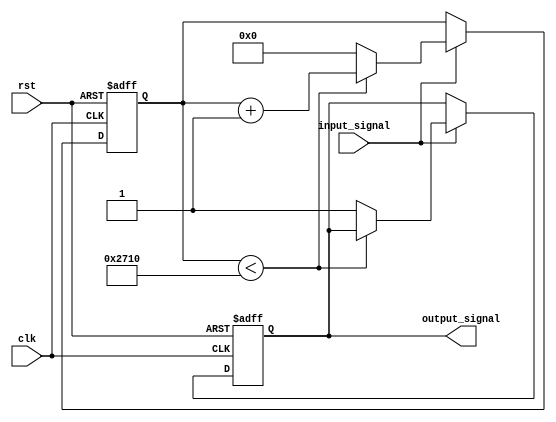
module latch_delay(
    input wire clk,
    input wire rst,
    input wire input_signal,
    output reg output_signal
);

reg [31:0] counter;

always @ (posedge clk or posedge rst) begin
    if (rst) begin
        counter <= 0;
        output_signal <= 0;
    end else begin
        if (input_signal) begin
            if (counter < 10000) begin // Designated period of time delay
                counter <= counter + 1;
            end else begin
                output_signal <= input_signal;
                counter <= 0;
            end
        end
    end
end

endmodule